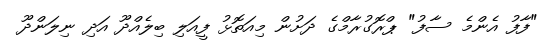
"ފާފު އެންމެ ސާފު" ޕްރޮގުރާމްގެ ދަށުން މިއަތޮޅު ފީއަލި ބިލެއްދޫ އަދި ނިލަންދޫ